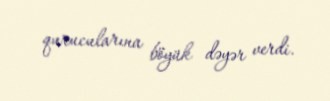
qurucularına böyük dəyər verdi.